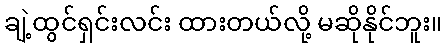
ချဲ့ထွင်ရှင်းလင်း ထားတယ်လို့ မဆိုနိုင်ဘူး။